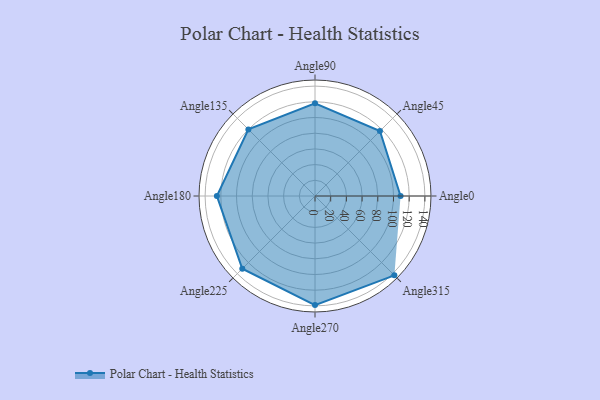
{"axis": {"x": "Angle", "y": "Radius"}, "legend": [""], "data": [{"x": "Angle0", "y": 109.0, "type": ""}, {"x": "Angle45", "y": 117.0, "type": ""}, {"x": "Angle90", "y": 118.0, "type": ""}, {"x": "Angle135", "y": 120.0, "type": ""}, {"x": "Angle180", "y": 125.0, "type": ""}, {"x": "Angle225", "y": 131.0, "type": ""}, {"x": "Angle270", "y": 139.0, "type": ""}, {"x": "Angle315", "y": 143.0, "type": ""}]}